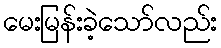
မေးမြန်းခဲ့သော်လည်း